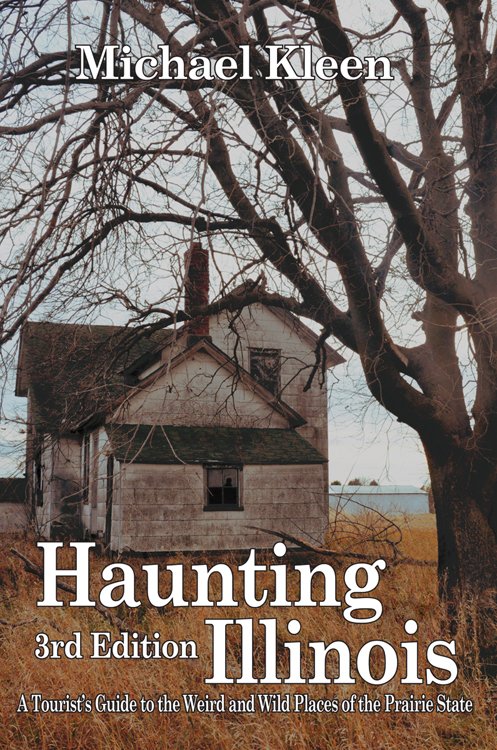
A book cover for Haunting Illinois: A Tourist's Guide to the Weird & Wild Places of the Prairie State; Michael Kleen; Religion & Spirituality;